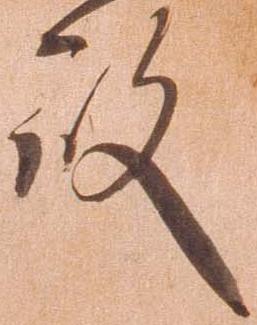
殿